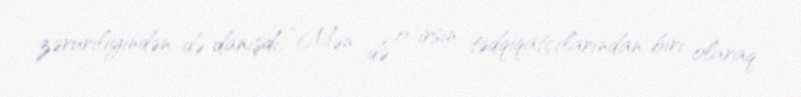
zəruriliyindən də danışdı: “Mən də o irsin tədqiqatçılarından biri olaraq